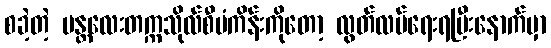
စခဲ့တဲ့ မန္တလေးတက္ကသိုလ်စီမံကိန်းကိုတော့ လွတ်လပ်ရေးရပြီးနောက်မှာ